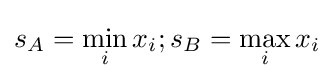
s_{A}=\min _{i}x_{i};s_{B}=\max _{i}x_{i}